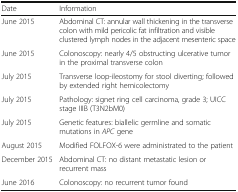
<table><thead><tr><td><b>Date</b></td><td><b>Information</b></td></tr></thead><tbody><tr><td>June 2015</td><td>Abdominal CT: annular wall thickening in the transverse colon with mild pericolic fat infiltration and visible clustered lymph nodes in the adjacent mesenteric space</td></tr><tr><td>June 2015</td><td>Colonoscopy: nearly 4/5 obstructing ulcerative tumor in the proximal transverse colon</td></tr><tr><td>July 2015</td><td>Transverse loop-ileostomy for stool diverting; followed by extended right hemicolectomy</td></tr><tr><td>July 2015</td><td>Pathology: signet ring cell carcinoma, grade 3; UICC stage IIIB (T3N2bM0)</td></tr><tr><td>July 2015</td><td>Genetic features: biallelic germline and somatic mutations in <i>APC</i> gene</td></tr><tr><td>August 2015</td><td>Modified FOLFOX-6 were administrated to the patient</td></tr><tr><td>December 2015</td><td>Abdominal CT: no distant metastatic lesion or recurrent mass</td></tr><tr><td>June 2016</td><td>Colonoscopy: no recurrent tumor found</td></tr></tbody></table>